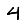
Digit: 4